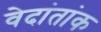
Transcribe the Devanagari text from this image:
वेदांतांक